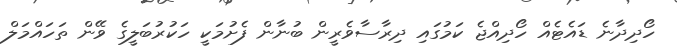
ހޯދިދާނެ ޑައެޓެއް ހޯދިއްޖެ ކަމުގައި ދިރާސާވެރީން ބުނާން ފެށުމަކީ ހަކުރުބަލީގެ ވޭން ތަހައްމަލް